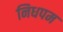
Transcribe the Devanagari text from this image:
निधपम